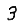
Digit: 3